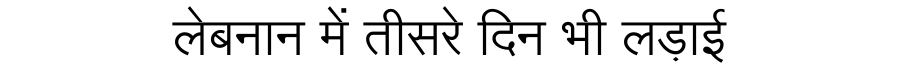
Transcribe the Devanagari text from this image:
लेबनान में तीसरे दिन भी लड़ाई